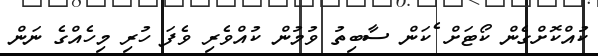
ކުއްކޮށްގެން ކޯޓަށް ެކަން ސާބިތު ވުމުން ކުއްވެރި ވެފަ ހުރި މިހެއްގެ ނަން